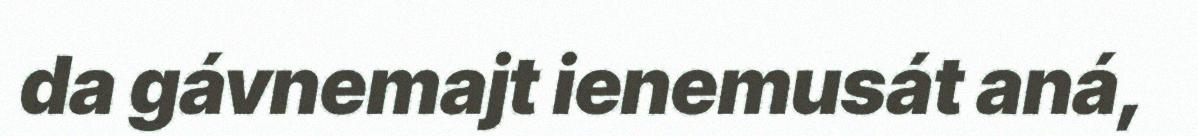
da gávnemajt ienemusát aná,